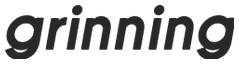
grinning